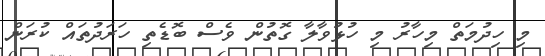
މި ހިދުމަތް މިހާރު މި ހުޅުވާލާ ގޮތުން ވެސް ބޮޑެތި ހަރަދުތައް ކުރަން